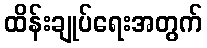
ထိန်းချုပ်ရေးအတွက်